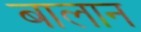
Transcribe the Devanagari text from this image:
बालान